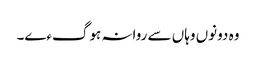
وہ دونوں وہاں سے روانہ ہوگءے۔